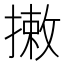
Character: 𢳯